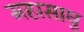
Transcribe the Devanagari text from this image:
महासाधु